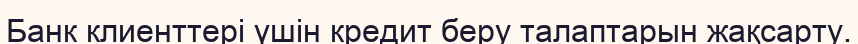
Банк клиенттері үшін кредит беру талаптарын жақсарту.